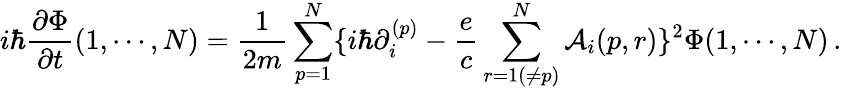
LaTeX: i\hbar{\frac{\partial\Phi}{\partial t}}(1,\cdots,N)={\frac{1}{2m}}\sum_{p=1}^{N}\{ i\hbar\partial_{i}^{(p)}-{\frac{e}{c}}\sum_{r=1(\ne p)}^{N}{\cal A}_{i}(p,r)\} ^{2}\Phi(1,\cdots,N)\, .